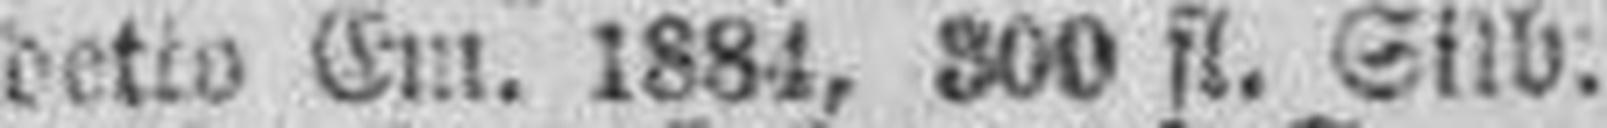
4% detto Em. 1884, 300 fl. Silb.